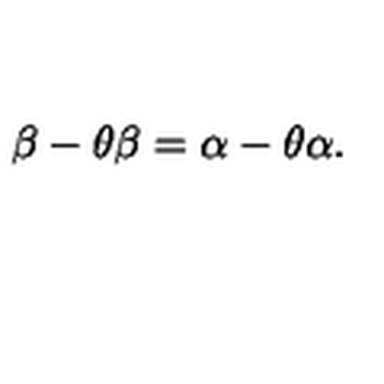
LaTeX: \beta - \theta \beta = \alpha - \theta \alpha .